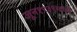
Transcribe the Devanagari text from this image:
जून१९३९मध्ये